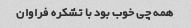
همه چی خوب بود با تشکره فراوان